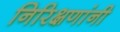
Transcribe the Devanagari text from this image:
निरिक्षणांनी